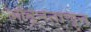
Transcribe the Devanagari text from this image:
ओढूनताणून